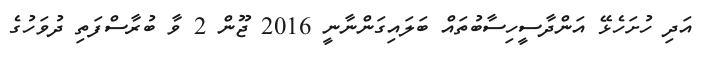
އަދި ހުށަހެޅޭ އަންދާސީހިސާބުތައް ބަލައިގަންނާނީ 2016 ޖޫން 2 ވާ ބުރާސްފަތި ދުވަހުގެ